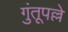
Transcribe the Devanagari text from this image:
गुंतूपल्ले